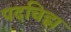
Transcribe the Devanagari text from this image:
पदचिह्म